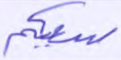
سعيكم